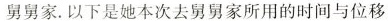
舅舅家. 以下是她本次去舅舅家所用的时间与位移